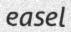
easel